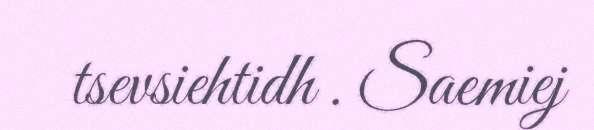
tsevsiehtidh . Saemiej